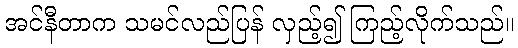
အင်နီတာက သမင်လည်ပြန် လှည့်၍ ကြည့်လိုက်သည်။